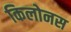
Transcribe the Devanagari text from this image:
किलोनस